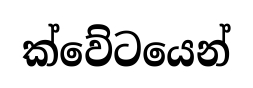
ක්වේටයෙන්